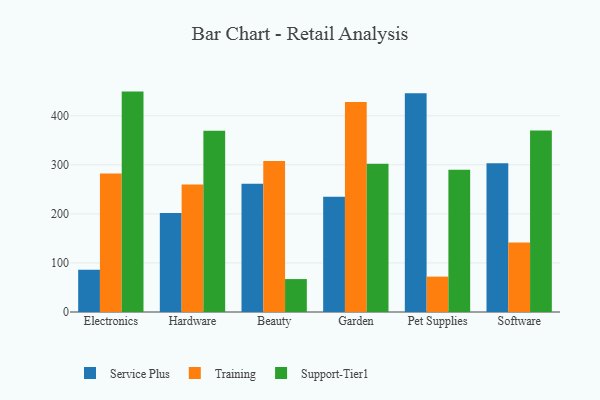
{"axis": {"x": "Category", "y": "Tickets Resolved"}, "legend": ["Service Plus", "Support-Tier1", "Training"], "data": [{"x": "Electronics", "y": 86.1, "type": "Service Plus"}, {"x": "Electronics", "y": 282.5, "type": "Training"}, {"x": "Electronics", "y": 449.2, "type": "Support-Tier1"}, {"x": "Hardware", "y": 201.6, "type": "Service Plus"}, {"x": "Hardware", "y": 260.0, "type": "Training"}, {"x": "Hardware", "y": 369.2, "type": "Support-Tier1"}, {"x": "Beauty", "y": 261.4, "type": "Service Plus"}, {"x": "Beauty", "y": 307.7, "type": "Training"}, {"x": "Beauty", "y": 67.1, "type": "Support-Tier1"}, {"x": "Garden", "y": 235.0, "type": "Service Plus"}, {"x": "Garden", "y": 428.1, "type": "Training"}, {"x": "Garden", "y": 302.1, "type": "Support-Tier1"}, {"x": "Pet Supplies", "y": 446.0, "type": "Service Plus"}, {"x": "Pet Supplies", "y": 72.1, "type": "Training"}, {"x": "Pet Supplies", "y": 289.8, "type": "Support-Tier1"}, {"x": "Software", "y": 303.1, "type": "Service Plus"}, {"x": "Software", "y": 141.9, "type": "Training"}, {"x": "Software", "y": 370.0, "type": "Support-Tier1"}]}